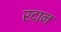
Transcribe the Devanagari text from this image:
रदान